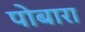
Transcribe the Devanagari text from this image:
पोबारा